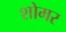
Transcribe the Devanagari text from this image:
शोमर